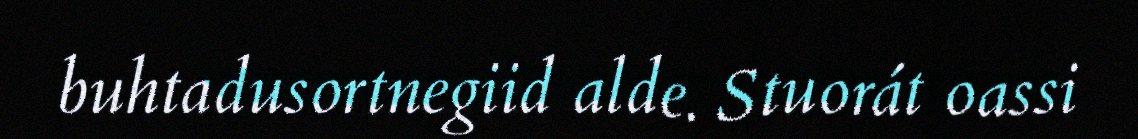
buhtadusortnegiid alde. Stuorát oassi